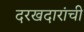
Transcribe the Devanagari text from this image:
दरखदारांची